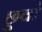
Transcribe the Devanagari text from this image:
छूवो